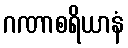
ဂဏာစရိယာနံ